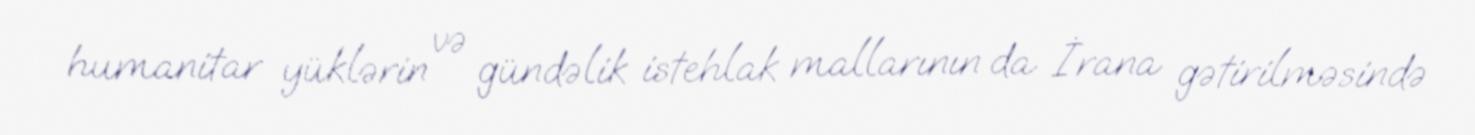
humanitar yüklərin və gündəlik istehlak mallarının da İrana gətirilməsində